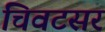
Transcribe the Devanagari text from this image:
चिवटसर